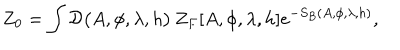
Z _ { 0 } = \int { \cal { D } } \big ( A , \phi , \lambda , h \big ) \, Z _ { F } [ A , \phi , \lambda , h ] e ^ { - S _ { B } ( A , \phi , \lambda , h ) } ,